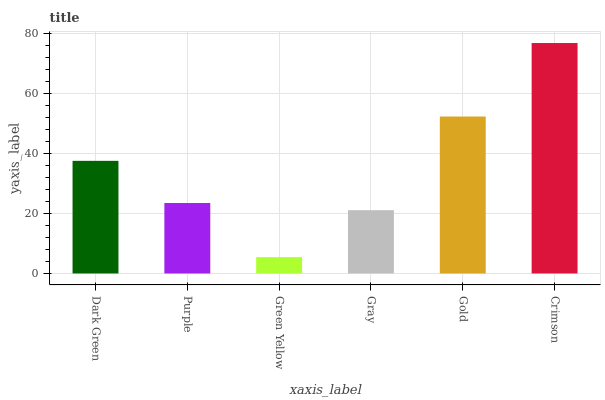
| xaxis_label | bars |
 | --- | --- |
 | Dark Green | 37.5 |
 | Purple | 23.4 |
 | Green Yellow | 5.43 |
 | Gray | 21.1 |
 | Gold | 52.2 |
 | Crimson | 76.7 |